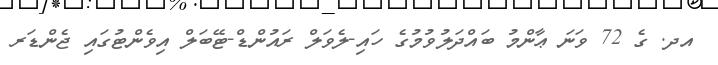
އދ. ގެ 72 ވަނަ ޢާންމު ބައްދަލުވުމުގެ ހައި-ލެވަލް ރައުންޑް-ޓޭބަލް އިވެންޓުގައި ޖެންޑަރ